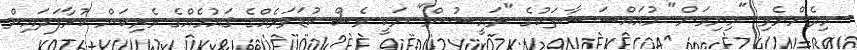
މިދެންނެވި "މިނިވަން" މުއައްސަސާތަކުގެ "ރައީސުން" ނަކީ ވެސް ކުޑަވަރެއްގެ ޤައުމެއްގެ ވެރިކަން ކުރާފަދައިން